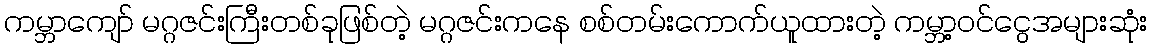
ကမ္ဘာကျော် မဂ္ဂဇင်းကြီးတစ်ခုဖြစ်တဲ့ မဂ္ဂဇင်းကနေ စစ်တမ်းကောက်ယူထားတဲ့ ကမ္ဘာ့ဝင်ငွေအများဆုံး